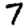
Digit: 7